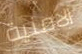
الامنية